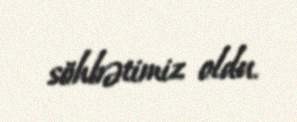
söhbətimiz oldu.